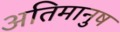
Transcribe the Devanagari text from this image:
अतिमानुष